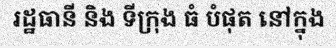
រដ្ឋធានី និង ទីក្រុង ធំ បំផុត នៅក្នុង